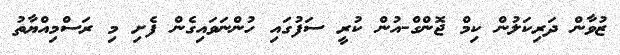
ޒުވާން ދަރިކަލުން ކިމް ޖޮންގް-އުން ކުރީ ސަފުގައި ހުންނަވައިގެން ފެށި މި ރަސްމިއްޔާތު